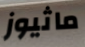
ماثيوز